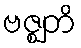
ဗဇ္ဈတိ